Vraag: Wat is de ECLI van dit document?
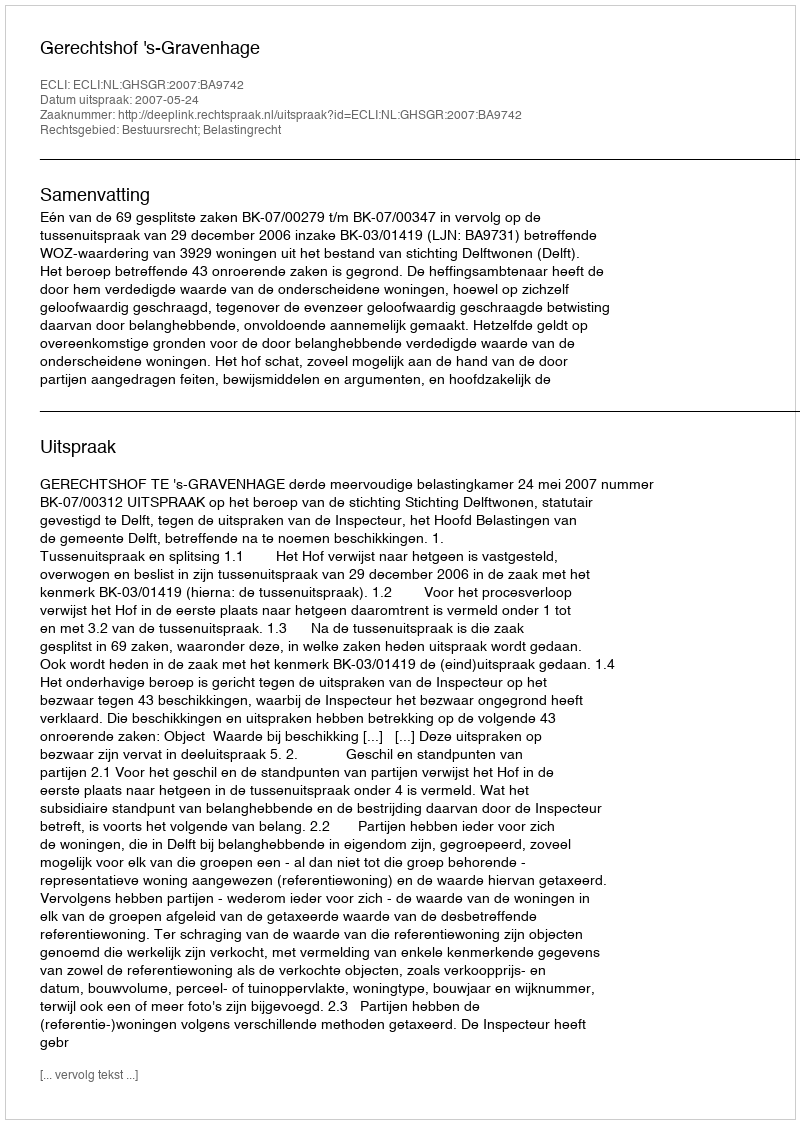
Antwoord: ECLI:NL:GHSGR:2007:BA9742